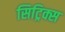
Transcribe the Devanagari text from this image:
सिट्रिक्स